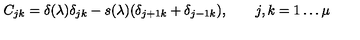
C _ { j k } = \delta ( \lambda ) \delta _ { j k } - s ( \lambda ) ( \delta _ { j + 1 k } + \delta _ { j - 1 k } ) , \qquad j , k = 1 \dots \mu